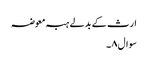
ارث کے بدلے ہبہ معوضہ
سوال۸۔